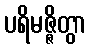
ပရိမဇ္ဇိတွာ